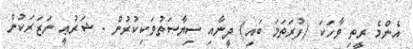
އެންމެ ރީތި ވާހަކަ (ފުރަތަމަ ބައި) ދީނާއި ސިޔާސަތުވަކިކުރުން - ޝަރުޢީ ނަޒަރަކުން